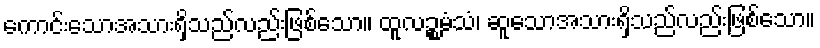
ကောင်းသောအသားရှိသည်လည်းဖြစ်သော။ ထူလဉ္စမံသံ၊ ဆူသောအသားရှိသည်လည်းဖြစ်သော။